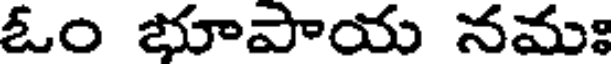
ఓం భూపాయ నమః